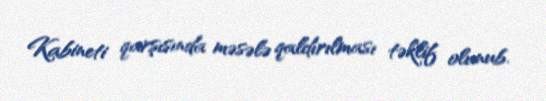
Kabineti qarşısında məsələ qaldırılması təklif olunub.